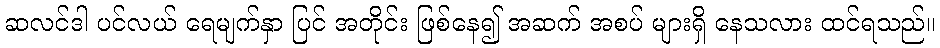
ဆလင်ဒါ ပင်လယ် ရေမျက်နှာ ပြင် အတိုင်း ဖြစ်နေ၍ အဆက် အစပ် များရှိ နေသလား ထင်ရသည်။